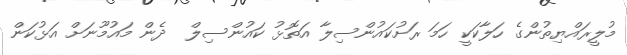
މުލީރައްޔިތުންގެ ހަލާކަކީ ހަމަ ރަށުކައުންސިލާ އަތޮޅު ކައުންސިލް  ދެން މައުމޫނަށް އަޅުކަން